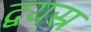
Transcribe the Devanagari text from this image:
द्वयस्र